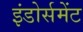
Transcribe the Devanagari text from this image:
इंडोर्समेंट